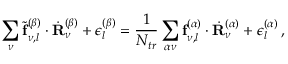
\sum _ { \nu } \tilde { \mathbf { f } } _ { \nu , l } ^ { ( \beta ) } \cdot \dot { \mathbf { R } } _ { \nu } ^ { ( \beta ) } + \epsilon _ { l } ^ { ( \beta ) } = \frac { 1 } { N _ { t r } } \sum _ { \alpha \nu } \mathbf { f } _ { \nu , l } ^ { ( \alpha ) } \cdot \dot { \mathbf { R } } _ { \nu } ^ { ( \alpha ) } + \epsilon _ { l } ^ { ( \alpha ) } \, ,